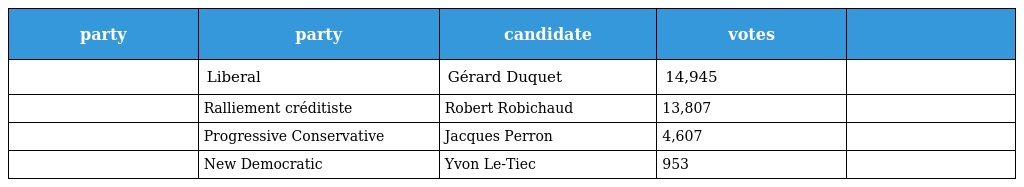
| party | party | candidate | votes |  |
 | --- | --- | --- | --- | --- |
 |  | Liberal | Gérard Duquet | 14,945 |  |
 |  | Ralliement créditiste | Robert Robichaud | 13,807 |  |
 |  | Progressive Conservative | Jacques Perron | 4,607 |  |
 |  | New Democratic | Yvon Le-Tiec | 953 |  |